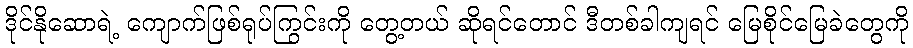
ဒိုင်နိုဆောရဲ့ ကျောက်ဖြစ်ရုပ်ကြွင်းကို တွေ့တယ် ဆိုရင်တောင် ဒီတစ်ခါကျရင် မြေစိုင်မြေခဲတွေကို